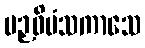
ပဉှဝိမံသကာသေ